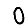
Digit: 0